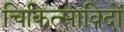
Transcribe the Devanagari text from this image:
चिकित्साविदों